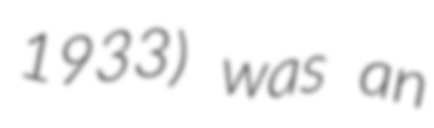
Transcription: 1933) was an